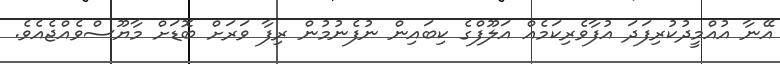
އޭނާ އުއްމީދުކުރިފަދަ އުފާވެރިކަމެއް އަލޫފްގެ ކިބައިން ނުފެނުމުން ރިފާ ވަރަށް ބޮޑަށް މާޔޫސްވެއްޖެއެވެ.